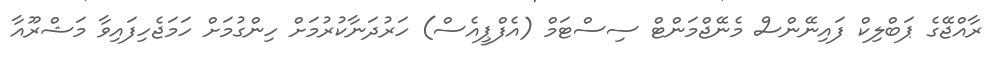
ރާއްޖޭގެ ޕަބްލިކް ފައިނޭންސް މެނޭޖްމަންޓް ސިސްޓަމް (އެފްޕީއެސް) ހަރުދަނާކުުރުމަށް ހިންގުމަށް ހަމަޖެހިފައިވާ މަޝްރޫއާ